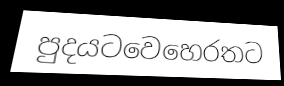
පුදයටවෙහෙරතට